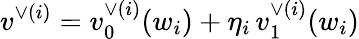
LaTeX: v^{\vee{(i)}}=v_{0}^{\vee(i)}(w_{i})+\eta_{i}\, v_{1}^{\vee(i)}(w_{i})